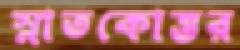
স্নাতকোত্তর